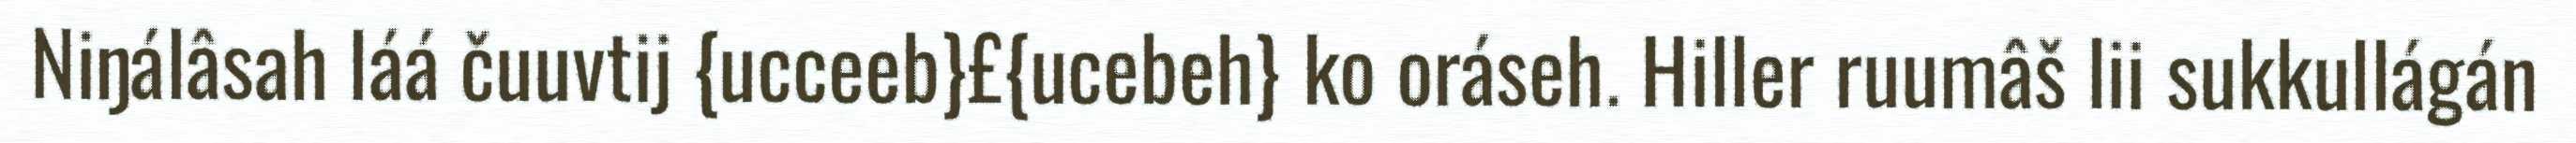
Niŋálâsah láá čuuvtij {ucceeb}£{ucebeh} ko oráseh. Hiller ruumâš lii sukkullágán